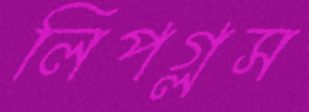
লিপগ্লস